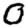
Digit: 0